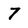
Character: 7